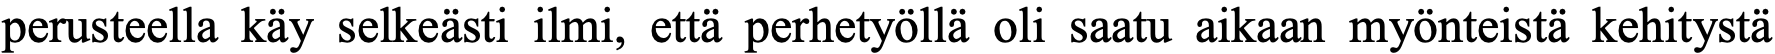
perusteella käy selkeästi ilmi, että perhetyöllä oli saatu aikaan myönteistä kehitystä